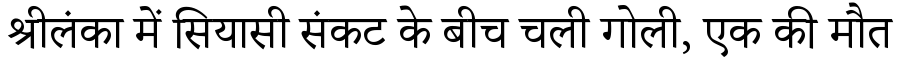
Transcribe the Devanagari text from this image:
श्रीलंका में सियासी संकट के बीच चली गोली, एक की मौत